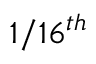
1 / 1 6 ^ { t h }